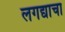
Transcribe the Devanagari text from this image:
लगद्याचा